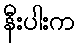
နီးပါးက